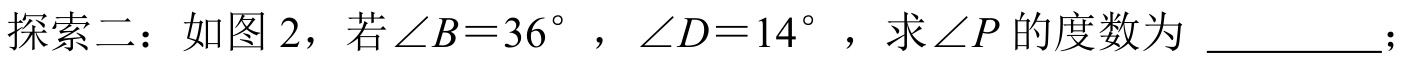
探索二：如图 2，若\(\angle B = 36^{\circ}\)，\(\angle D = 14^{\circ}\)，求\(\angle P\)的度数为 \_\_\_\_\_\_；